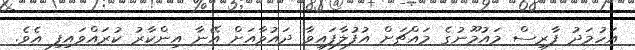
އަހުމަދު ފާރިސް މައުމޫނުގެ މައްޗަށް އުފުލާފައިވާ ދައުވާއަށް އޭނާ އިންކާރު ކުރައްވައިފި އެވެ.